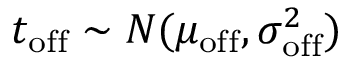
t _ { \mathrm { o f f } } \sim N ( \mu _ { \mathrm { o f f } } , \sigma _ { \mathrm { o f f } } ^ { 2 } )